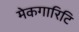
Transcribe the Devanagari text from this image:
मेकगारिटि